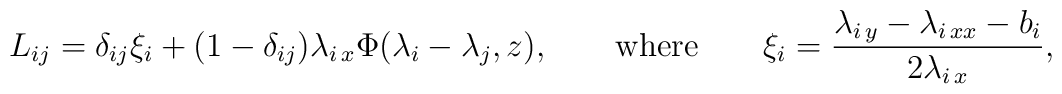
L_{ij}=\delta_{ij}\xi_i+(1-\delta_{ij}) \lambda_{i\,x}\Phi(\lambda_i-\lambda_j,z),\qquad\mbox{where}\qquad\xi_i=\frac{\lambda_{i\,y}-\lambda_{i\,xx}-b_i}{2\lambda_{i\,x}},